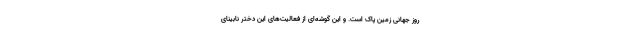
روز جهانی زمین پاک است. و این گوشه‌ای از فعالیت‌های این دختر نابینای